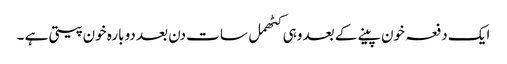
ایک دفعہ خون پینے کے بعد وہی کٹھمل سات دن بعد دوبارہ خون پیتی ہے ۔